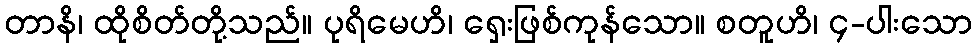
တာနိ၊ ထိုစိတ်တို့သည်။ ပုရိမေဟိ၊ ရှေးဖြစ်ကုန်သော။ စတူဟိ၊ ၄-ပါးသော